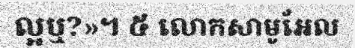
ល្អឬ?»។ ៥ លោកសាមូអែល